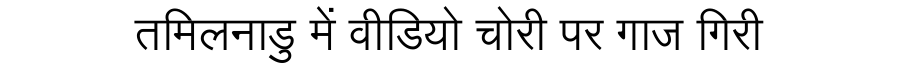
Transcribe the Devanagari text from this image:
तमिलनाडु में वीडियो चोरी पर गाज गिरी